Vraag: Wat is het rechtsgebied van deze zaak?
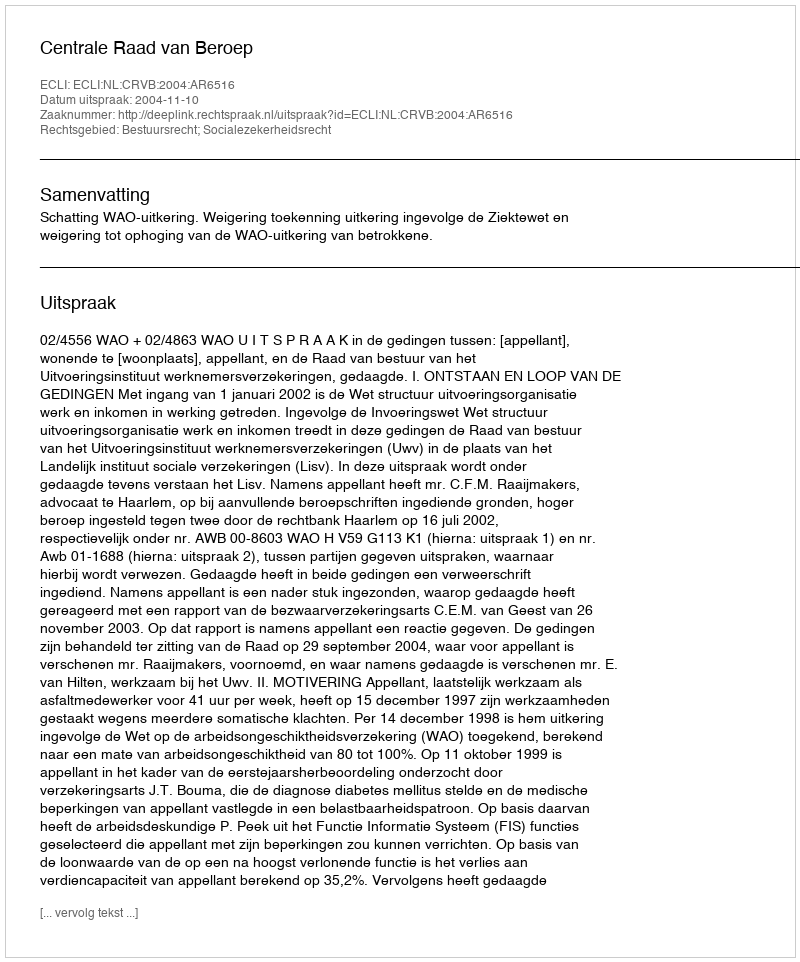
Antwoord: Bestuursrecht; Socialezekerheidsrecht